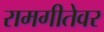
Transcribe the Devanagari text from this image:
रामगीतेवर